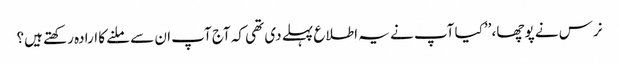
نرس نے پوچھا، ’’کیا آپ نے یہ اطلاع پہلے دی تھی کہ آج آپ ان سے ملنے کا ارادہ رکھتے ہیں؟